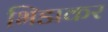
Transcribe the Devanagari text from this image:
भिडाकर